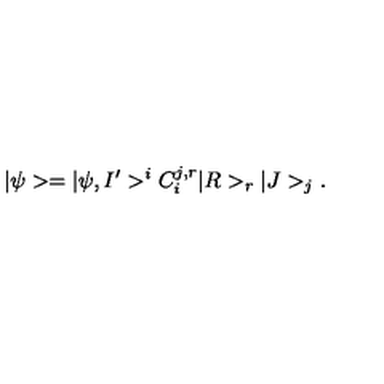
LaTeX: | \psi > = | \psi , I ^ { \prime } > ^ { i } C _ { i } ^ { j , r } | R > _ { r } | J > _ { j } .